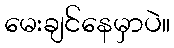
မေးချင်နေမှာပဲ။